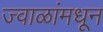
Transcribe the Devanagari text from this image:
ज्वाळांमधून